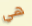
هي